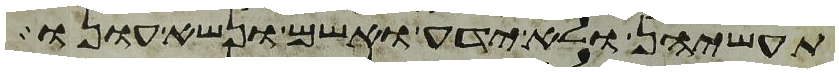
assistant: תעשיהן ולא ידע ואשם ונשא עונו